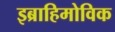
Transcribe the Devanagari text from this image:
इब्राहिमोविक